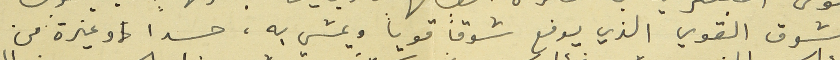
الشوق القوي الذي يدفع شوقاً قوياً ويمشي به، حسداً و غيرة من